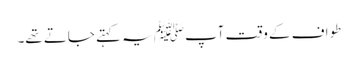
طواف کے وقت آپﷺ یہ کہتے جاتے تھے۔